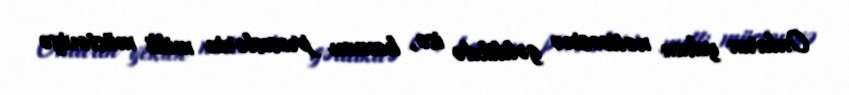
Onların yekun nəticəsinə gəldikdə isə, hamını proseslərin milli müstəviyə